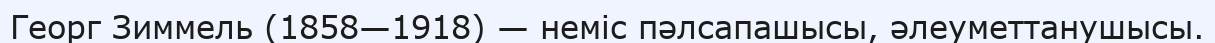
Георг Зиммель (1858—1918) — нeмic пәлсапашысы, әлеуметтанушысы.